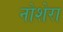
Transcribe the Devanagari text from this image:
नोशेरा